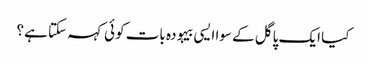
کیا ایک پاگل کے سوا ایسی بیہودہ بات کوئی کہہ سکتا ہے؟